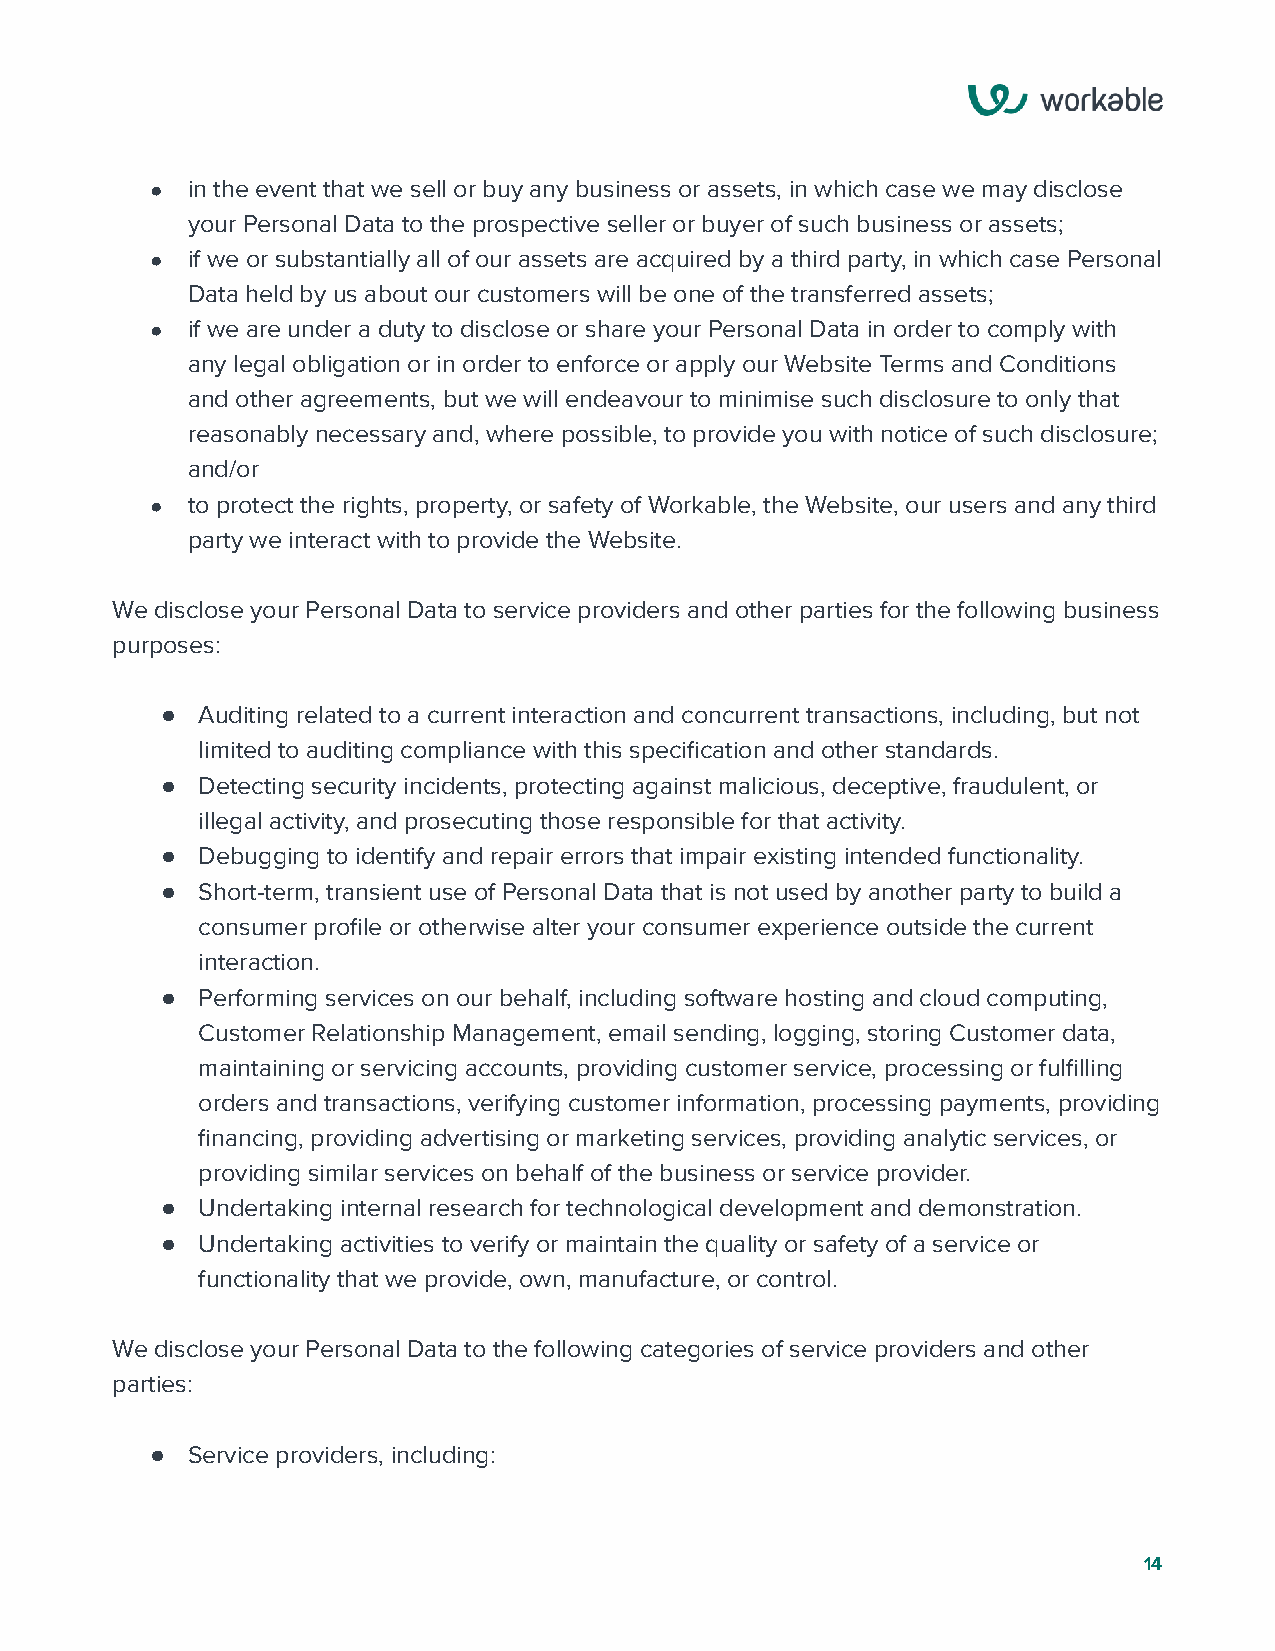
● in the event that we sell or buy any business or assets, in which case we may disclose
 your Personal Data to the prospective seller or buyer of such business or assets;
 ● if we or substantially all of our assets are acquired by a third party, in which case Personal
 Data held by us about our customers will be one of the transferred assets;
 ● if we are under a duty to disclose or share your Personal Data in order to comply with
 any legal obligation or in order to enforce or apply our Website Terms and Conditions
 and other agreements, but we will endeavour to minimise such disclosure to only that
 reasonably necessary and, where possible, to provide you with notice of such disclosure;
 and/or
 ● to protect the rights, property, or safety of Workable, the Website, our users and any third
 party we interact with to provide the Website.
 We disclose your Personal Data to service providers and other parties for the following business
 purposes:
 ● Auditing related to a current interaction and concurrent transactions, including, but not
 limited to auditing compliance with this specification and other standards.
 ● Detecting security incidents, protecting against malicious, deceptive, fraudulent, or
 illegal activity, and prosecuting those responsible for that activity.
 ● Debugging to identify and repair errors that impair existing intended functionality.
 ● Short-term, transient use of Personal Data that is not used by another party to build a
 consumer profile or otherwise alter your consumer experience outside the current
 interaction.
 ● Performing services on our behalf, including software hosting and cloud computing,
 Customer Relationship Management, email sending, logging, storing Customer data,
 maintaining or servicing accounts, providing customer service, processing or fulfilling
 orders and transactions, verifying customer information, processing payments, providing
 financing, providing advertising or marketing services, providing analytic services, or
 providing similar services on behalf of the business or service provider.
 ● Undertaking internal research for technological development and demonstration.
 ● Undertaking activities to verify or maintain the quality or safety of a service or
 functionality that we provide, own, manufacture, or control.
 We disclose your Personal Data to the following categories of service providers and other
 parties:
 ● Service providers, including:
 14